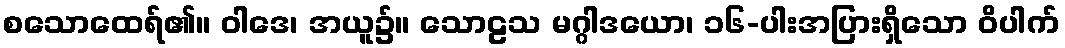
စသောထေရ်၏။ ဝါဒေ၊ အယူ၌။ သောဠသ မဂ္ဂါဒယော၊ ၁၆-ပါးအပြားရှိသော ဝိပါက်